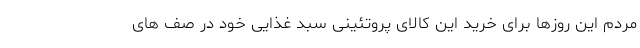
مردم این روزها برای خرید این کالای پروتئینی سبد غذایی خود در صف های